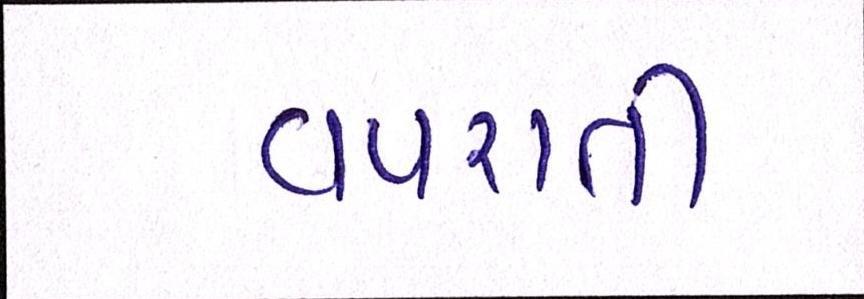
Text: વપરાતી